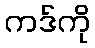
ကဒ်ကို